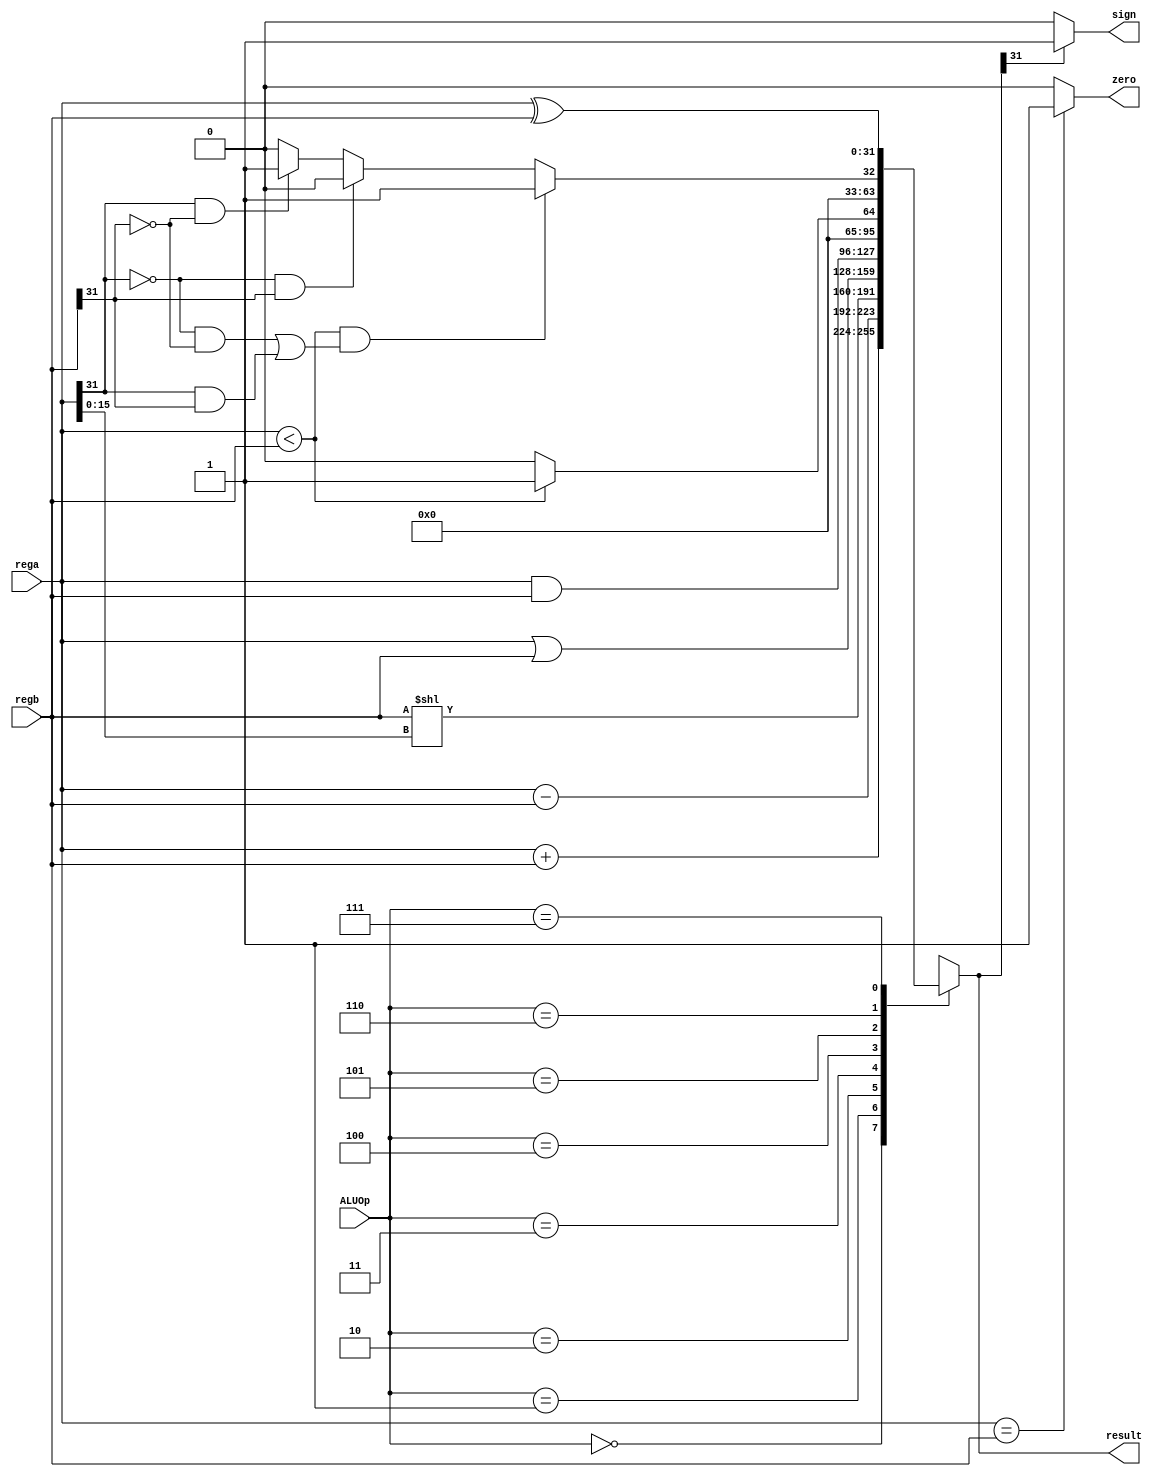
`timescale 1ns / 1ps

module ALU(
    input [31:0] rega,
    input [31:0] regb,
    input [2:0] ALUOp,
    output reg[31:0] result,
    output zero,
    output reg sign
);
    integer i;
    assign zero = (rega == regb) ? 1 : 0;
    
    always@ (ALUOp or rega or regb)
    begin
        case(ALUOp)
            //  
            3'b000: result = rega + regb;
            //  
            3'b001: result = rega - regb;
            //  
            3'b010: result = regb << rega[15:0];
            //  
            3'b011: result = rega | regb;
            //  
            3'b100: result = rega & regb;
            //  
            3'b101: result = (rega < regb) ? 1 : 0;
            //  
            3'b110: 
            begin 
                if (rega < regb && (( rega[31] == 0 && regb[31] == 0) ||
                (rega[31] == 1 && regb[31] == 1))) 
                    result = 1;
                else if (rega[31] == 0 && regb[31] == 1) result = 0;
                else if (rega[31] == 1 && regb[31] == 0) result = 1;
                else result = 0;
            end
            3'b111: result = rega ^ regb;
    
        endcase
        sign = (result[31] == 0) ? 0 : 1;
    end
endmodule